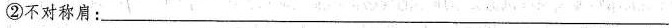
②不对称肩:___